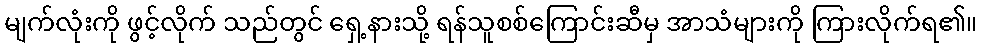
မျက်လုံးကို ဖွင့်လိုက် သည်တွင် ရှေ့နားသို့ ရန်သူစစ်ကြောင်းဆီမှ အာသံများကို ကြားလိုက်ရ၏။